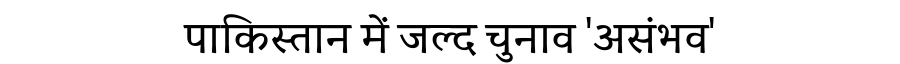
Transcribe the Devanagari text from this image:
पाकिस्तान में जल्द चुनाव 'असंभव'